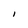
Character: I